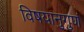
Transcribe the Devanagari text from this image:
विषयानुगुणं